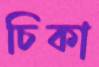
চিকা